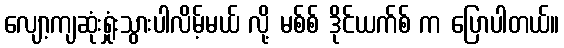
လျော့ကျဆုံးရှုံးသွားပါလိမ့်မယ် လို့ မစ်စ် ဒိုင်ယက်စ် က ပြောပါတယ်။